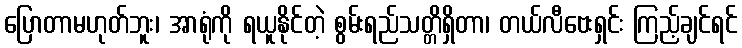
ပြောတာမဟုတ်ဘူး၊ အာရုံကို ရယူနိုင်တဲ့ စွမ်းရည်သတ္တိရှိတာ၊ တယ်လီဗေးရှင်း ကြည့်ချင်ရင်